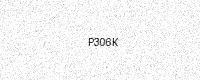
Text: P306K